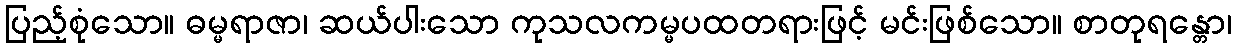
ပြည့်စုံသော။ ဓမ္မရာဇာ၊ ဆယ်ပါးသော ကုသလကမ္မပထတရားဖြင့် မင်းဖြစ်သော။ စာတုရန္တော၊